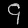
Digit: ၄